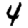
Digit: 4